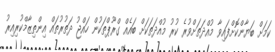
ކަމަށް ބަޔާންކޮށްފައިވާ މުއްދަތަށްވުރެ ކުރު މުއްދަތަކަށް ބައެއް ގްރޫޕްތަކުން ހައްޖު ދަތުރުތައް އިންތިޒާމްކުރިއިރު